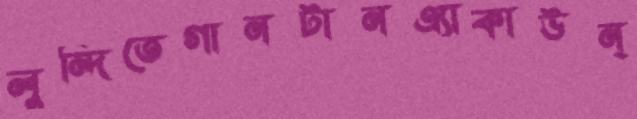
লুন্দিতেগানটানএ্যাকাউন্